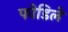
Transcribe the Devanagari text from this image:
फोडिले